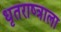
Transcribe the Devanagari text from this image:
धृतराष्त्राला